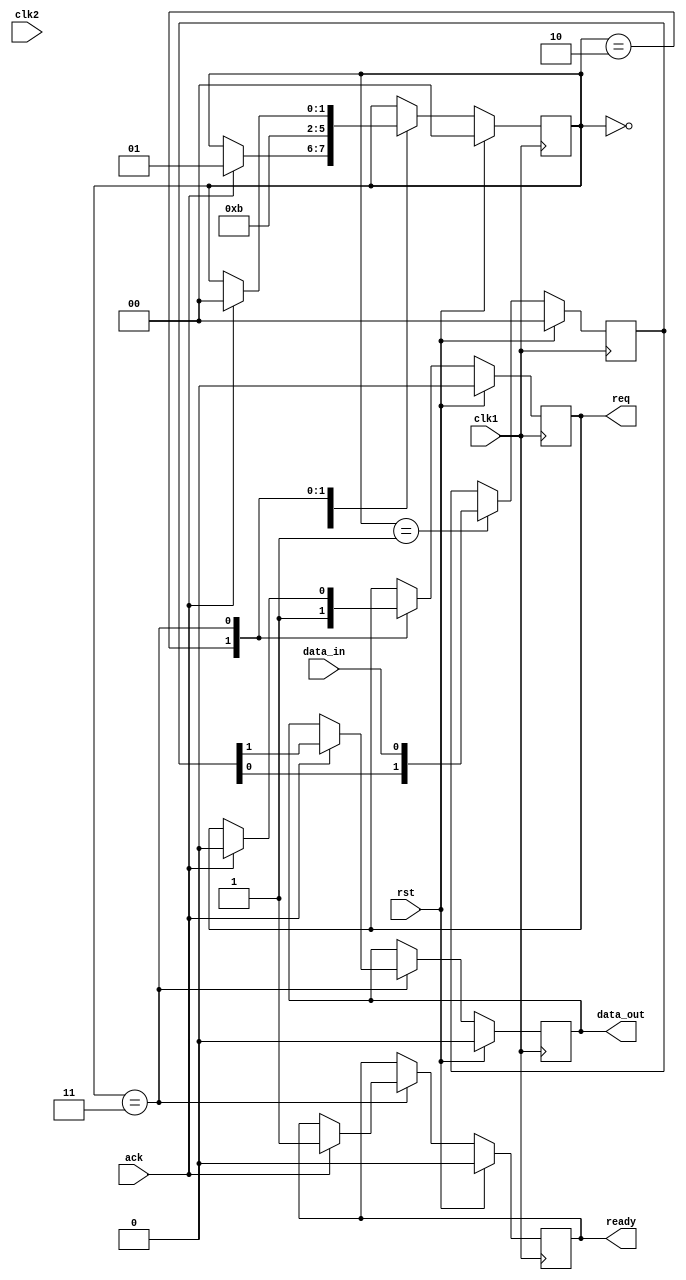
module Synchronizer(input wire clk1, input wire clk2, input wire rst, 
                      input wire data_in, output reg data_out,
                      output reg req, input wire ack, output reg ready);

  reg [1:0] state;
  reg [1:0] sync_data;
  
  always @(posedge clk1) begin
    if (rst) begin
      state <= 2'b00;
      sync_data <= 2'b00;
      req <= 1'b0;
      ready <= 1'b0;
      data_out <= 1'b0;
    end
    else begin
      case (state)
        2'b00: begin  // Idle state
          if (ack) begin
            state <= 2'b01;
          end
        end
        
        2'b01: begin  // Synchronize data
          sync_data <= {sync_data[0], data_in};
          state <= 2'b10;
        end
        
        2'b10: begin  // Ready for transmission
          req <= 1'b1;
          state <= 2'b11;
        end
        
        2'b11: begin  // Wait for acknowledge
          if (ack) begin
            state <= 2'b00;
            req <= 1'b0;
            ready <= 1'b1;
            data_out <= sync_data[1];
          end
        end
      endcase
    end
  end
  
endmodule